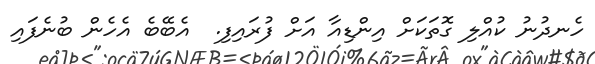
ހެނދުނު ކުއްލި ގޮތަކަށް އިންޑިއާ އަށް ފުރައިފި.  އެބޭބެ އެހެން ބުނެފައި